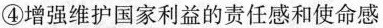
④增强维护国家利益的责任感和使命感